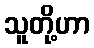
သူတို့ဟာ